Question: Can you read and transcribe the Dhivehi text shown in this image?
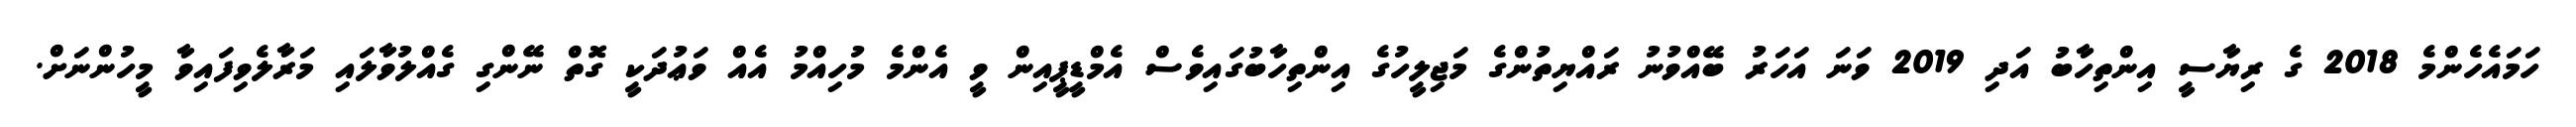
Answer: ހަމައެހެންމެ 2018 ގެ ރިޔާސީ އިންތިހާބު އަދި 2019 ވަނަ އަހަރު ބޭއްވުނު ރައްޔިތުންގެ މަޖިލީހުގެ އިންތިހާބުގައިވެސް އެމްޑީޕީއިން ވީ އެންމެ މުހިއްމު އެއް ވަޢުދަކީ ގޮތް ނޭންގި ގެއްލުވާލައި މަރާލެވިފައިވާ މީހުންނަށް.